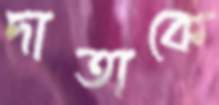
দাতাকে